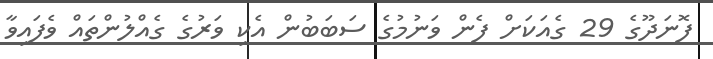
ފޮނަދޫގެ 29 ގެއަކަށް ފެން ވަނުމުގެ ސަބަބުން އެކި ވަރުގެ ގެއްލުންތައް ވެފައިވާ